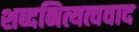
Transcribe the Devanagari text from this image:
शब्दनित्यत्ववाद